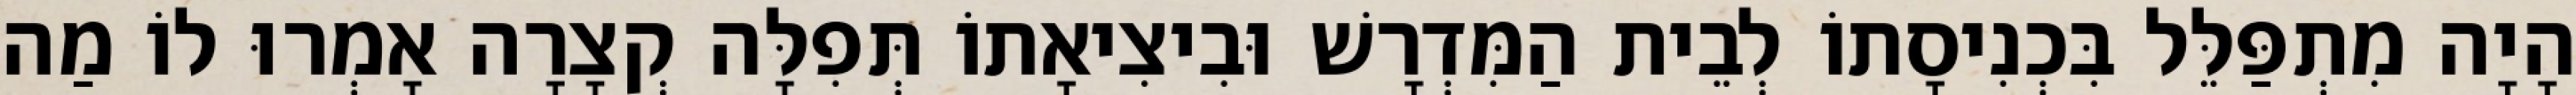
הָיָה מִתְפַּלֵּל בִּכְנִיסָתוֹ לְבֵית הַמִּדְרָשׁ וּבִיצִיאָתוֹ תְּפִלָּה קְצָרָה אָמְרוּ לוֹ מַה